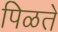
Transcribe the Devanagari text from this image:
पिळते